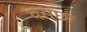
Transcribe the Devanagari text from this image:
वराछा